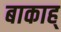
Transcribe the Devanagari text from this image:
बाकाह्